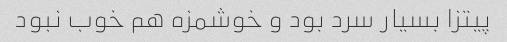
پیتزا بسیار سرد بود و خوشمزه هم خوب نبود